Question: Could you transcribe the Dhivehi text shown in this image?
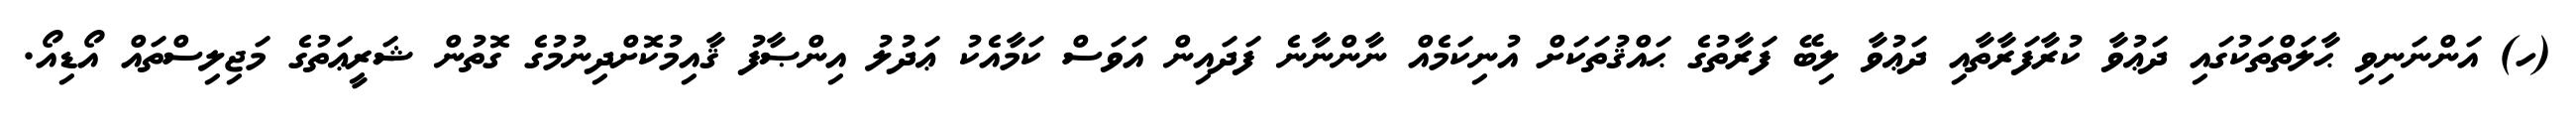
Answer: (ހ) އަންނަނިވި ޙާލަތްތަކުގައި ދަޢުވާ ކުރާފަރާތާއި ދަޢުވާ ލިބޭ ފަރާތުގެ ޙައްޤުތަކަށް އުނިކަމެއް ނާންނާނެ ފަދައިން އަވަސް ކަމާއެކު ޢަދުލު އިންޞާފު ޤާއިމުކޮށްދިނުމުގެ ގޮތުން ޝަރީޢަތުގެ މަޖިލިސްތައް އޯޑިއޯ.